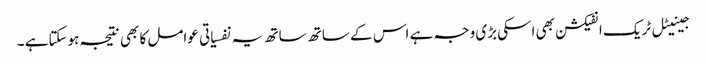
جینیٹل ٹریک انفیکشن بھی اسکی بڑی وجہ ہے اس کے ساتھ ساتھ یہ نفسیاتی عوامل کا بھی نتیجہ ہوسکتاہے ۔